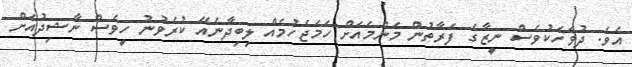
އެވެ. ދުވަހަކުވެސް ނީޒާގެ ފަރާތުން މަންމައަށް ހަމަޖެހުމެއް ލިބިދާނެއޭ ކުރެވުނު ހީވެސް ނާޝިދުއަށް